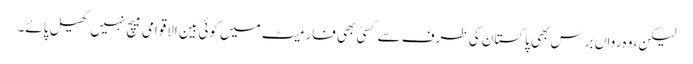
لیکن، وہ رواں برس بھی پاکستان کی طرف سے کسی بھی فارمیٹ میں کوئی بین الاقوامی میچ نہیں کھیل پائے۔